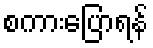
စကားပြောရန်